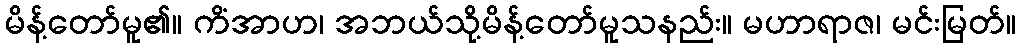
မိန့်တော်မူ၏။ ကိံအာဟ၊ အဘယ်သို့မိန့်တော်မူသနည်း။ မဟာရာဇ၊ မင်းမြတ်။